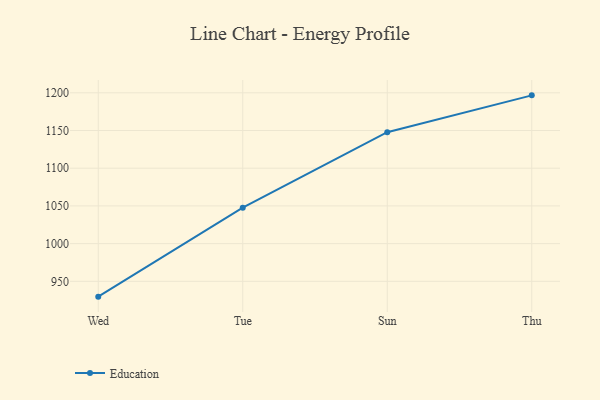
{"axis": {"x": "Day", "y": "Shipments"}, "legend": ["Education"], "data": [{"x": "Wed", "y": 929.7, "type": "Education"}, {"x": "Tue", "y": 1047.6, "type": "Education"}, {"x": "Sun", "y": 1147.8, "type": "Education"}, {"x": "Thu", "y": 1196.6, "type": "Education"}]}